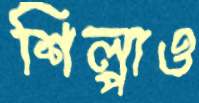
শিল্পাও